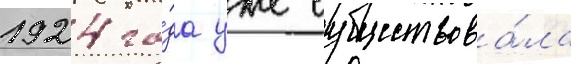
1924 го́да уже существова́ла